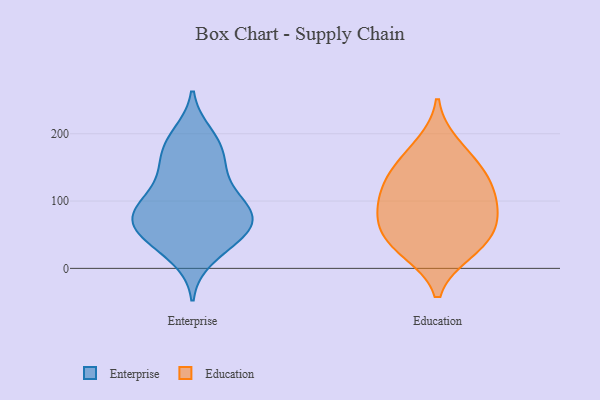
{"axis": {"x": "Backlog", "y": "Value"}, "legend": ["Education", "Enterprise"], "data": [{"x": "", "y": 166, "type": "Enterprise"}, {"x": "", "y": 113, "type": "Enterprise"}, {"x": "", "y": 63, "type": "Enterprise"}, {"x": "", "y": 91, "type": "Enterprise"}, {"x": "", "y": 73, "type": "Enterprise"}, {"x": "", "y": 74, "type": "Enterprise"}, {"x": "", "y": 29, "type": "Enterprise"}, {"x": "", "y": 177, "type": "Enterprise"}, {"x": "", "y": 110, "type": "Enterprise"}, {"x": "", "y": 90, "type": "Enterprise"}, {"x": "", "y": 48, "type": "Enterprise"}, {"x": "", "y": 16, "type": "Enterprise"}, {"x": "", "y": 91, "type": "Enterprise"}, {"x": "", "y": 65, "type": "Enterprise"}, {"x": "", "y": 199, "type": "Enterprise"}, {"x": "", "y": 193, "type": "Enterprise"}, {"x": "", "y": 149, "type": "Enterprise"}, {"x": "", "y": 146, "type": "Enterprise"}, {"x": "", "y": 58, "type": "Enterprise"}, {"x": "", "y": 51, "type": "Enterprise"}, {"x": "", "y": 26, "type": "Education"}, {"x": "", "y": 118, "type": "Education"}, {"x": "", "y": 149, "type": "Education"}, {"x": "", "y": 71, "type": "Education"}, {"x": "", "y": 60, "type": "Education"}, {"x": "", "y": 84, "type": "Education"}, {"x": "", "y": 185, "type": "Education"}, {"x": "", "y": 151, "type": "Education"}, {"x": "", "y": 100, "type": "Education"}, {"x": "", "y": 120, "type": "Education"}, {"x": "", "y": 49, "type": "Education"}, {"x": "", "y": 24, "type": "Education"}]}